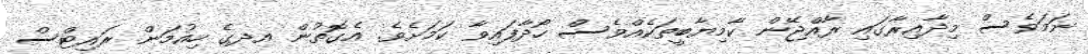
ނަމަވެސް މިދާއިރާގައި ރާއްޖޭން ކާމިޔާބީތަކެއްވެސް ހޯދާފައިވާ ކަމަށެވެ. އެގޮތުން އދގެ ހިއުމަން ރައިޓްސް